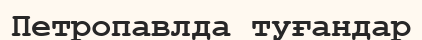
Петропавлда туғандар